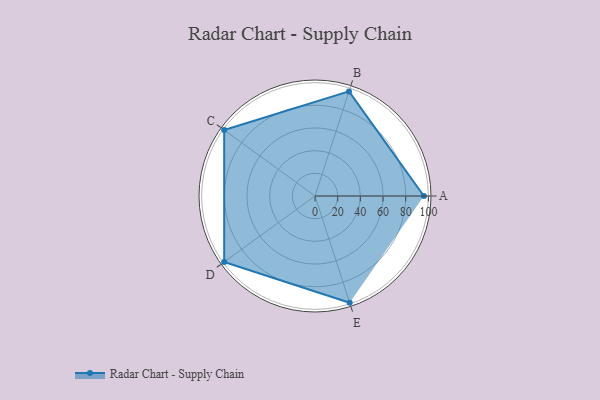
{"axis": {"x": "Skill", "y": "Score"}, "legend": ["Profile"], "data": [{"x": "A", "y": 96.0, "type": "Profile"}, {"x": "B", "y": 97.0, "type": "Profile"}, {"x": "C", "y": 99, "type": "Profile"}, {"x": "D", "y": 99, "type": "Profile"}, {"x": "E", "y": 99, "type": "Profile"}]}